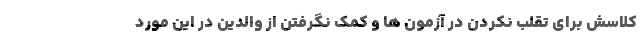
کلاسش برای تقلب نکردن در آزمون ها و کمک نگرفتن از والدین در این مورد